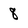
Character: 8